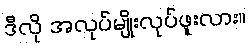
ဒီလို အလုပ်မျိုးလုပ်ဖူးလား။